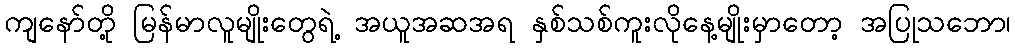
ကျနော်တို့ မြန်မာလူမျိုးတွေရဲ့ အယူအဆအရ နှစ်သစ်ကူးလိုနေ့မျိုးမှာတော့ အပြုသဘော၊